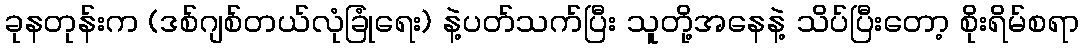
ခုနတုန်းက (ဒစ်ဂျစ်တယ်လုံခြုံရေး) နဲ့ပတ်သက်ပြီး သူတို့အနေနဲ့ သိပ်ပြီးတော့ စိုးရိမ်စရာ